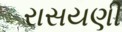
રાસયણી